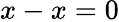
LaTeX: x-x=0